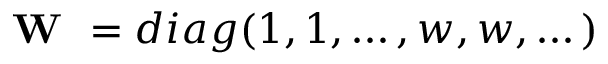
\textbf { W } = d i a g ( 1 , 1 , \dots { } , w , w , \dots { } )